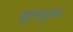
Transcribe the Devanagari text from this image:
थुलथुला